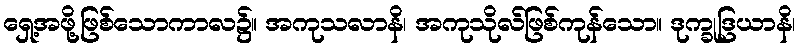
ရှေ့အဖို့ဖြစ်သောကာလ၌။ အကုသလာနိ၊ အကုသိုလ်ဖြစ်ကုန်သော။ ဒုက္ခုဒြယာနိ၊